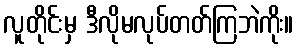
လူတိုင်းမှ ဒီလိုမလုပ်တတ်ကြဘဲကိုး။